Indian journal of veterinary science and animal husbandry - Volumes 22-23, 1952-1953
Year: 1952
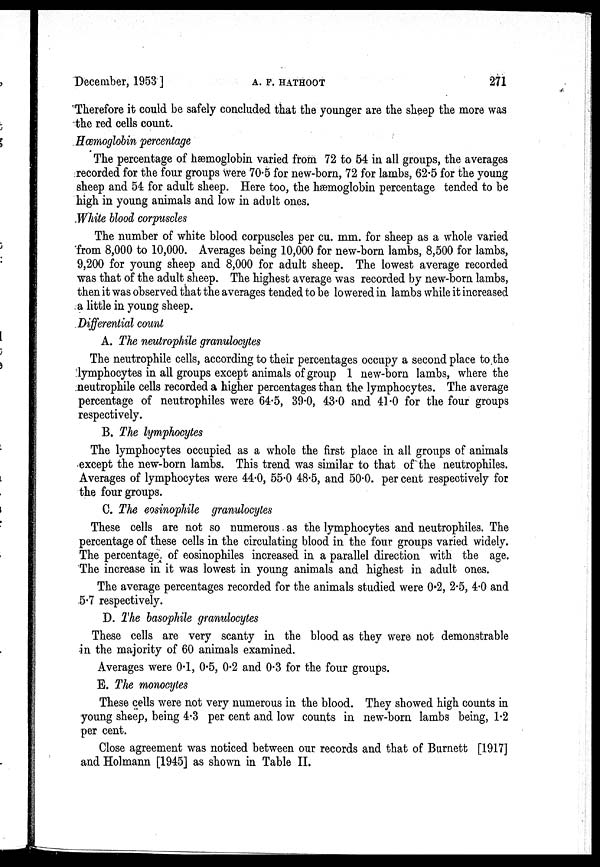
December, 1953]
A.
F.
HATHOOT
271
Therefore it could be safely concluded that the younger are the sheep the more was
the red cells count.
Hæmoglobin percentage
The percentage of hæmoglobin varied from 72 to 54 in all groups, the averages
recorded for the four groups were 70.5 for new-born, 72 for lambs, 62.5 for the young
sheep and 54 for adult sheep. Here too, the hæmoglobin percentage tended to be
high in young animals and low in adult ones.
White blood corpuscles
The number of white blood corpuscles per cu. mm. for sheep as a whole varied
from 8,000 to 10,000. Averages being 10,000 for new-born lambs, 8,500 for lambs,
9,200 for young sheep and 8,000 for adult sheep. The lowest average recorded
was that of the adult sheep. The highest average was recorded by new-born lambs,
then it was observed that the averages tended to be lowered in lambs while it increased
a little in young sheep.
Differential count
A. The neutrophile granulocytes
The neutrophile cells, according to their percentages occupy a second place to the
lymphocytes in all groups except animals of group 1 new-born lambs, where the
neutrophile cells recorded a higher percentages than the lymphocytes. The average
percentage of neutrophiles were 64.5, 39.0, 43.0 and 41.0 for the four groups
respectively.
B. The lymphocytes
The lymphocytes occupied as a whole the first place in all groups of animals
except the new-born lambs. This trend was similar to that of the neutrophiles.
Averages of lymphocytes were 44.0, 55.0 48.5, and 50.0. per cent respectively for
the four groups.
C. The eosinophile granulocytes
These cells are not so numerous as the lymphocytes and neutrophiles. The
percentage of these cells in the circulating blood in the four groups varied widely.
The percentage of eosinophiles increased in a parallel direction with the age.
The increase in it was lowest in young animals and highest in adult ones.
The average percentages recorded for the animals studied were 0.2, 2.5, 4.0 and
5.7 respectively.
D. The basophile granulocytes
These cells are very scanty in the blood as they were not demonstrable
in the majority of 60 animals examined.
Averages were 0.1, 0.5, 0.2 and 0.3 for the four groups.
E. The monocytes
These cells were not very numerous in the blood. They showed high counts in
young sheep, being 4.3 per cent and low counts in new-born lambs being, 1.2
per cent.
Close agreement was noticed between our records and that of Burnett [1917]
and Holmann [1945] as shown in Table II.